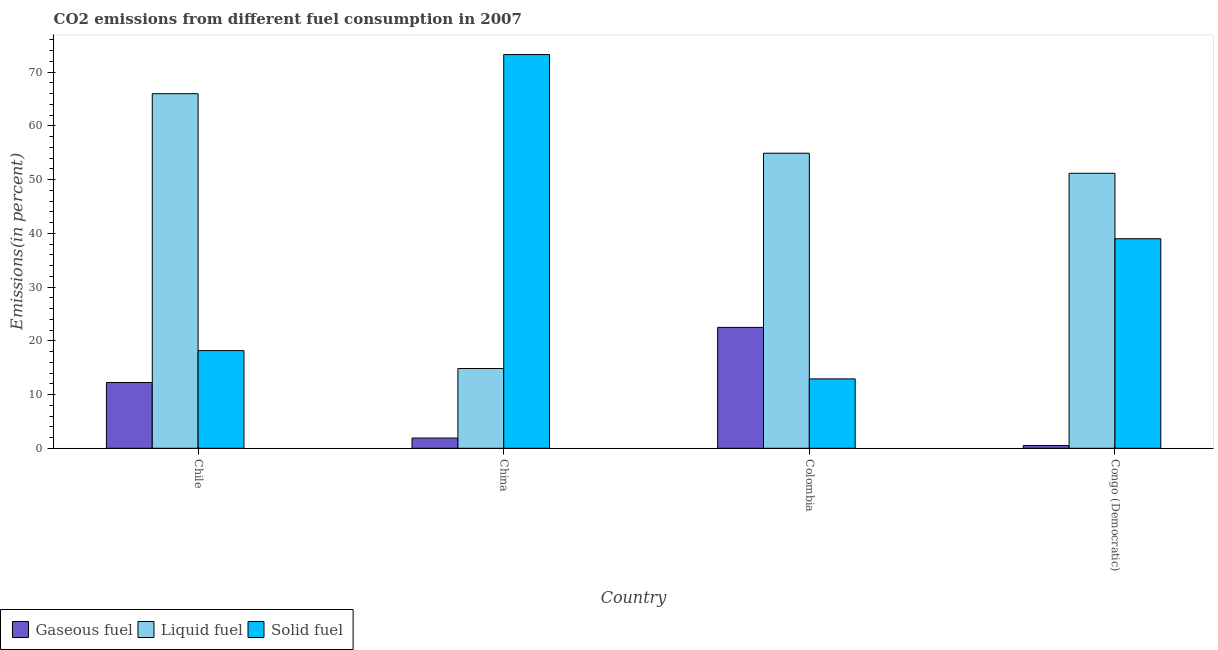
| Country | Gaseous fuel | Liquid fuel | Solid fuel |
 | --- | --- | --- | --- |
 | Chile | 12.2 | 66 | 18.2 |
 | China | 1.91 | 14.8 | 73.3 |
 | Colombia | 22.5 | 54.9 | 12.9 |
 | Congo (Democratic) | 0.518 | 51.2 | 39 |